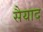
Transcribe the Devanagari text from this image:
सैयाद